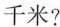
千米?